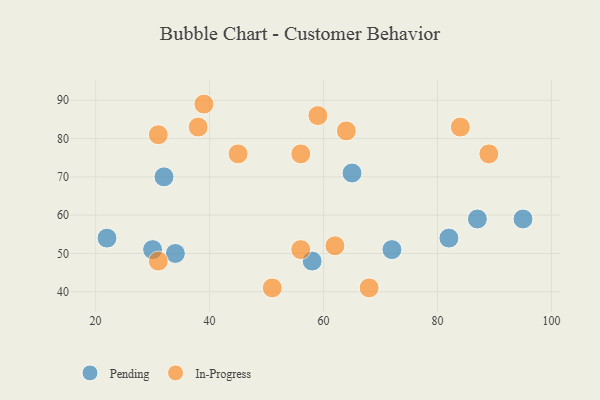
{"axis": {"x": "GDP", "y": "Life Expectancy"}, "legend": ["In-Progress", "Pending"], "data": [{"x": "87", "y": 59, "type": "Pending"}, {"x": "72", "y": 51, "type": "Pending"}, {"x": "95", "y": 59, "type": "Pending"}, {"x": "65", "y": 71, "type": "Pending"}, {"x": "32", "y": 70, "type": "Pending"}, {"x": "82", "y": 54, "type": "Pending"}, {"x": "34", "y": 50, "type": "Pending"}, {"x": "58", "y": 48, "type": "Pending"}, {"x": "30", "y": 51, "type": "Pending"}, {"x": "22", "y": 54, "type": "Pending"}, {"x": "51", "y": 41, "type": "In-Progress"}, {"x": "68", "y": 41, "type": "In-Progress"}, {"x": "89", "y": 76, "type": "In-Progress"}, {"x": "62", "y": 52, "type": "In-Progress"}, {"x": "59", "y": 86, "type": "In-Progress"}, {"x": "56", "y": 76, "type": "In-Progress"}, {"x": "64", "y": 82, "type": "In-Progress"}, {"x": "84", "y": 83, "type": "In-Progress"}, {"x": "31", "y": 48, "type": "In-Progress"}, {"x": "31", "y": 81, "type": "In-Progress"}, {"x": "39", "y": 89, "type": "In-Progress"}, {"x": "56", "y": 51, "type": "In-Progress"}, {"x": "38", "y": 83, "type": "In-Progress"}, {"x": "45", "y": 76, "type": "In-Progress"}]}